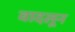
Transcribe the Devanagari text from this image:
वादलून